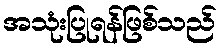
အသုံးပြုရန်ဖြစ်သည်